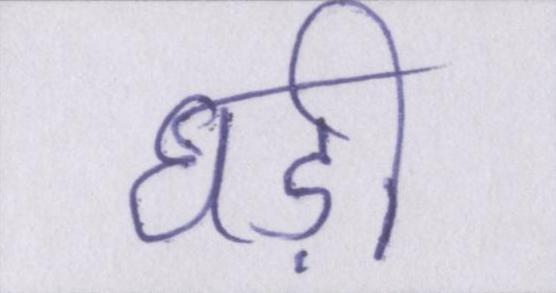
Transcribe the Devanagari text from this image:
घड़ी